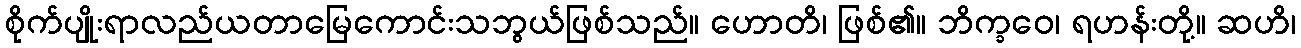
စိုက်ပျိုးရာလည်ယတာမြေကောင်းသဘွယ်ဖြစ်သည်။ ဟောတိ၊ ဖြစ်၏။ ဘိက္ခဝေ၊ ရဟန်းတို့။ ဆဟိ၊